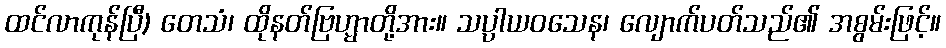
ထင်လာကုန်ပြီ) တေသံ၊ ထိုနတ်ဗြဟ္မာတို့အား။ သပ္ပာယဝသေန၊ လျောက်ပတ်သည်၏ အစွမ်းဖြင့်။